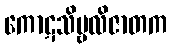
ကောဋသိမ္ဗလိဇာတက